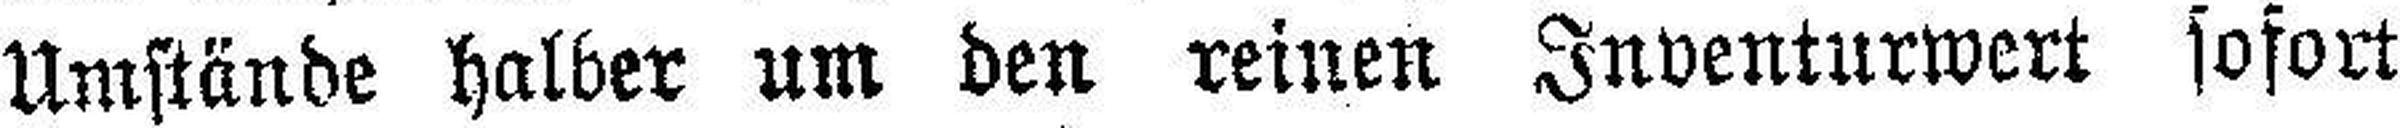
Umstände halber um den reinen Inventurwert sofort